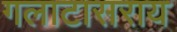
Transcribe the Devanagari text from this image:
गलाटासराय